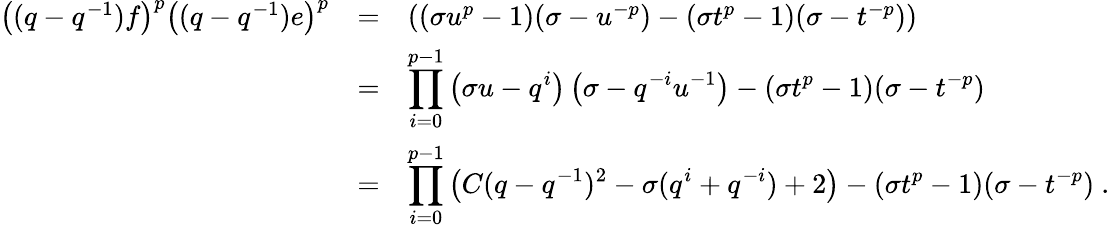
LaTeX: \begin{array}{rcl}{{\left((q-q^{-1})f\right)^{p}\left((q-q^{-1})e\right)^{p}}}&{{=}}&{{\left((\sigma u^{p}-1)(\sigma-u^{-p})-(\sigma t^{p}-1)(\sigma-t^{-p})\right)}}\\ {{}}&{{=}}&{{\displaystyle\prod_{i=0}^{p-1}\left(\sigma u-q^{i}\right)\left(\sigma-q^{-i}u^{-1}\right)-(\sigma t^{p}-1)(\sigma-t^{-p})}}\\ {{}}&{{=}}&{{\displaystyle\prod_{i=0}^{p-1}\left(C(q-q^{-1})^{2}-\sigma(q^{i}+q^{-i})+2\right)-(\sigma t^{p}-1)(\sigma-t^{-p})~.}}\end{array}